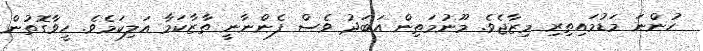
ހުންނަ މަޑުމައިތިރި މިޒާޖެވެ. މޫނުމަތިން އަބަދު ވެސް ފެންނާނީ ތާޒާކަމާ އަލިކަމެވެ. ހީވާގޮތުން